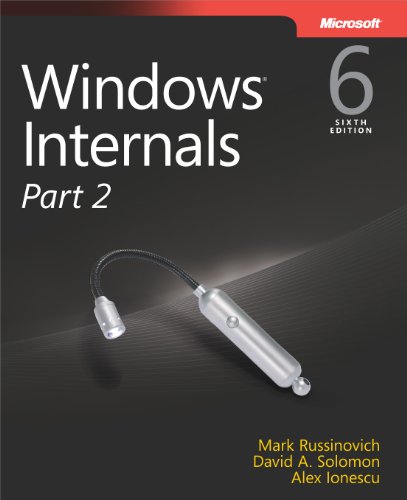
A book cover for Windows Internals, Part 2 (6th Edition) (Developer Reference); Mark E. Russinovich; Computers & Technology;